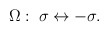
\begin{align*}\Omega : \; \sigma \leftrightarrow -\sigma .\end{align*}